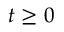
t \geq 0